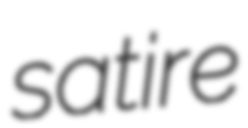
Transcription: satire